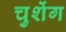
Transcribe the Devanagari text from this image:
चुशेंग